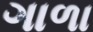
ગાળા